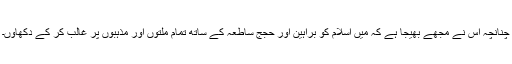
چنانچہ اس نے مجھے بھیجا ہے کہ میں اسلام کو براہین اور حُجَجِ ساطعہ کے ساتھ تمام ملتوں اور مذہبوں پر غالب کر کے دکھاؤں۔